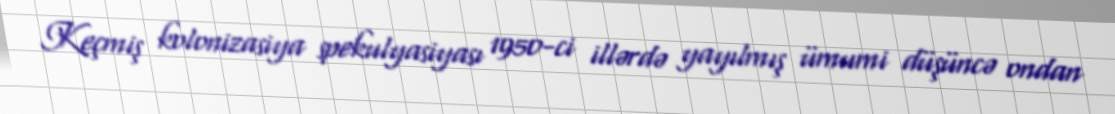
Keçmiş kolonizasiya spekulyasiyası 1950-ci illərdə yayılmış ümumi düşüncə ondan